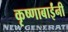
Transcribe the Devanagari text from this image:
कृष्णाबाईंनी